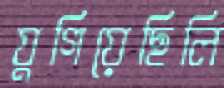
যুগিয়েছিলি